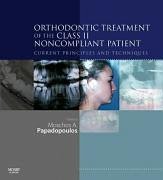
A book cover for Orthodontic Treatment of the Class II Noncompliant Patient: Current Principles and Techniques, 1e; Moschos A. Papadopoulos DDS  Dr Med Dent; Medical Books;